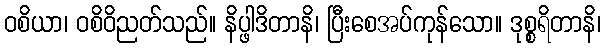
ဝစိယာ၊ ဝစိဝိညတ်သည်။ နိပ္ဖါဒိတာနိ၊ ပြီးစေအပ်ကုန်သော။ ဒုစ္စရိတာနိ၊